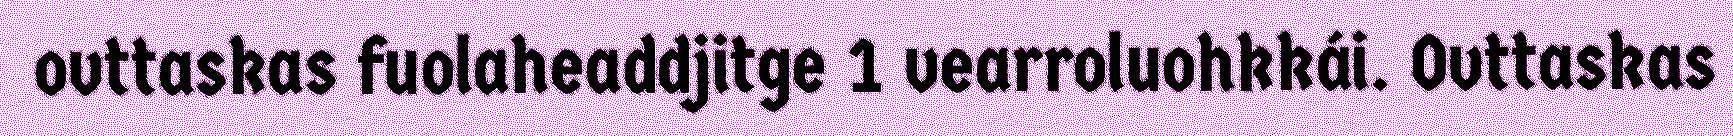
ovttaskas fuolaheaddjitge 1 vearroluohkkái. Ovttaskas